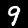
Digit: 9